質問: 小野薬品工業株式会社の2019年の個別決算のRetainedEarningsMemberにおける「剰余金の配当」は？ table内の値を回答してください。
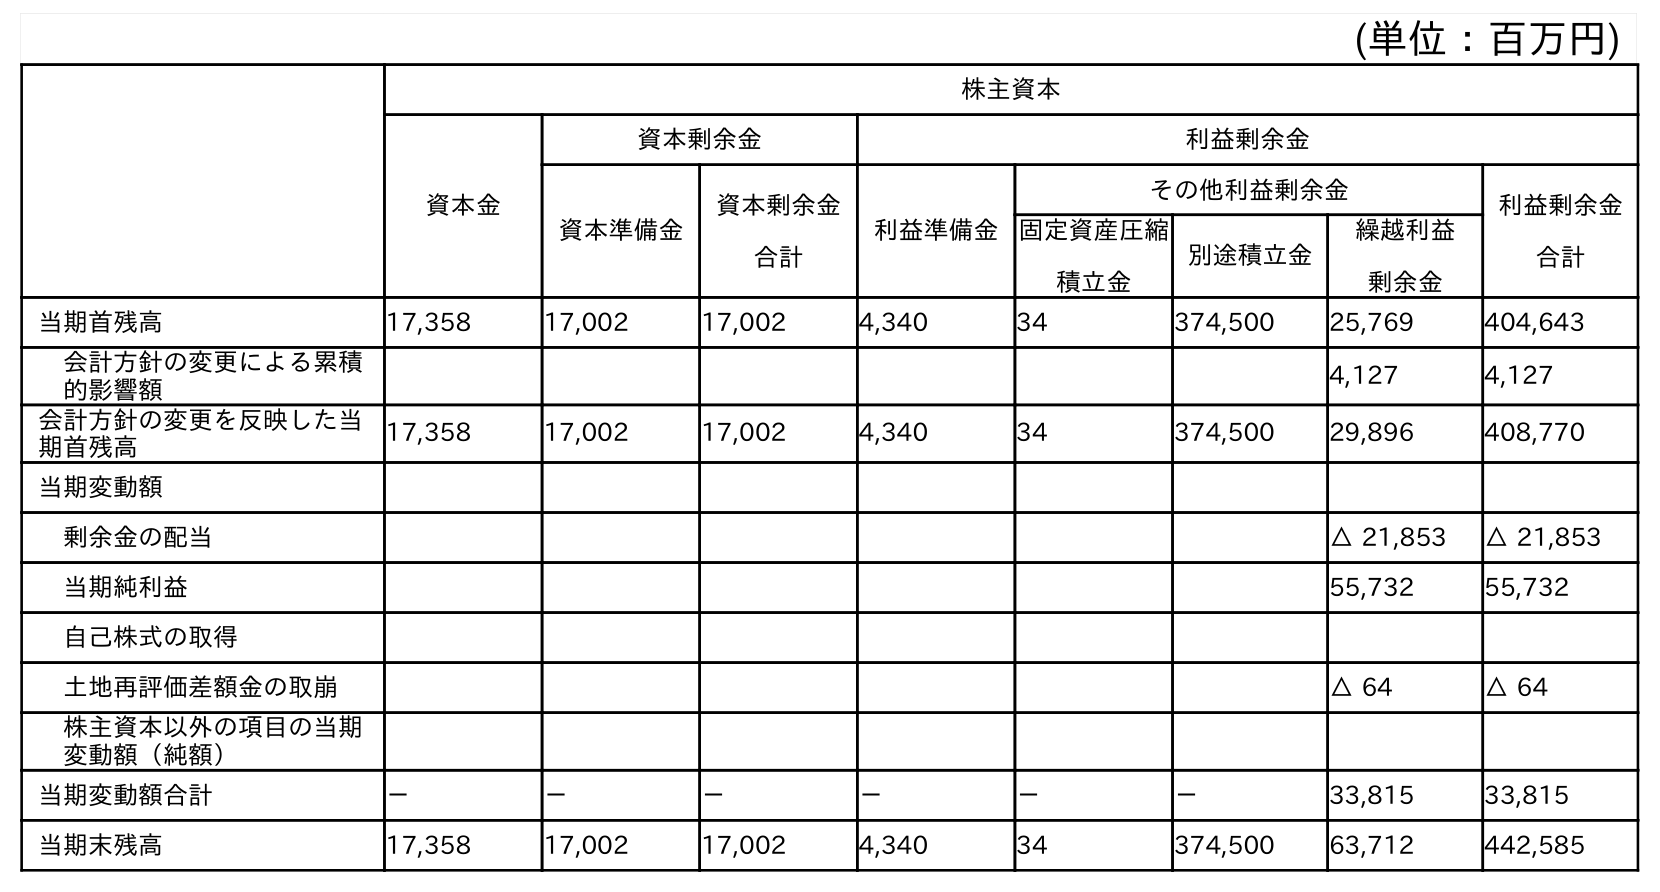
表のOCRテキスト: (単位：百万円) 株主資本 資本金 資本剰余金 利益剰余金 資本準備金 資本剰余金 合計 利益準備金 その他利益剰余金 利益剰余金 合計 固定資産圧縮 積立金 別途積立金 繰越利益 剰余金 当期首残高 17,358 17,002 17,002 4,340 34 374,500 25,769 404,643 会計方針の変更による累積 的影響額 4,127 4,127 会計方針の変更を反映した当 期首残高 17,358 17,002 17,002 4,340 34 374,500 29,896 408,770 当期変動額 剰余金の配当 △ 21,853 △ 21,853 当期純利益 55,732 55,732 自己株式の取得 土地再評価差額金の取崩 △ 64 △ 64 株主資本以外の項目の当期 変動額（純額） 当期変動額合計 － － － － － － 33,815 33,815 当期末残高 17,358 17,002 17,002 4,340 34 374,500 63,712 442,585
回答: △21,853